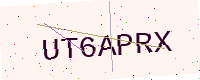
Text: UT6APRX